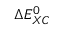
\Delta E _ { X C } ^ { 0 }